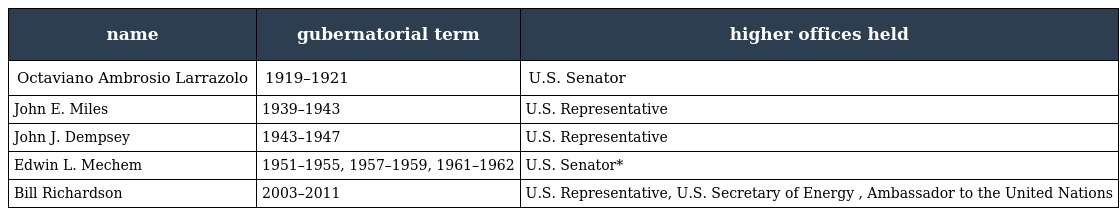
| name | gubernatorial term | higher offices held |
 | --- | --- | --- |
 | Octaviano Ambrosio Larrazolo | 1919–1921 | U.S. Senator |
 | John E. Miles | 1939–1943 | U.S. Representative |
 | John J. Dempsey | 1943–1947 | U.S. Representative |
 | Edwin L. Mechem | 1951–1955, 1957–1959, 1961–1962 | U.S. Senator* |
 | Bill Richardson | 2003–2011 | U.S. Representative, U.S. Secretary of Energy , Ambassador to the United Nations |